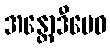
အန္တောဒီပေဝ